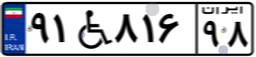
۹۱W۸۱۶۹۸